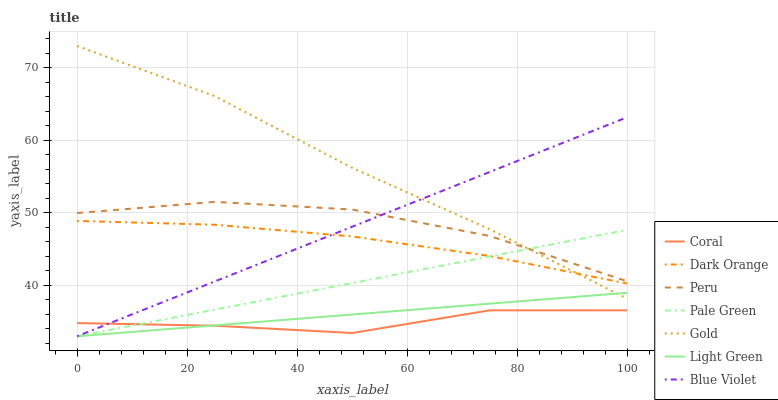
| xaxis_label | Coral | Dark Orange | Peru | Pale Green | Gold | Light Green | Blue Violet |
 | --- | --- | --- | --- | --- | --- | --- | --- |
 | 0 | 34.8 | 48.9 | 50 | 33 | 73 | 33 | 33 |
 | 25 | 34.5 | 48.4 | 51.5 | 36.7 | 66.1 | 34.5 | 40.5 |
 | 50 | 33.4 | 46.8 | 50.5 | 40.3 | 56.2 | 36 | 48.1 |
 | 75 | 36.6 | 44.1 | 46.8 | 44 | 47.7 | 37.5 | 55.6 |
 | 100 | 36.6 | 40.3 | 40.6 | 47.7 | 38.2 | 39 | 63.2 |